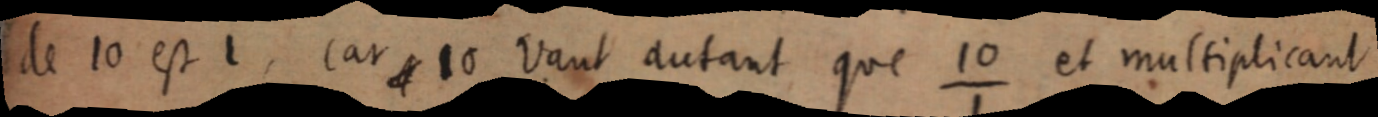
de 10 est 1, car [s] 10 vaut autant que ¹⁰⁄₁ et multipliant